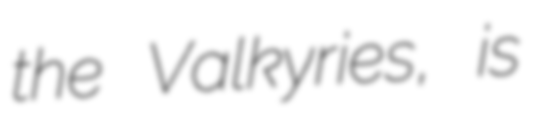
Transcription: the Valkyries, is